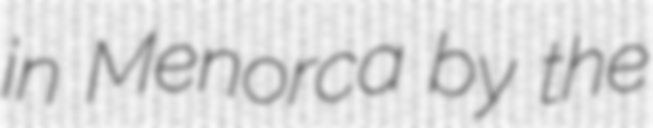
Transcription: in Menorca by the